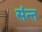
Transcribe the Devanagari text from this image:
संन्त